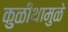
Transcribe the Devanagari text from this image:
कुळीथामुळे